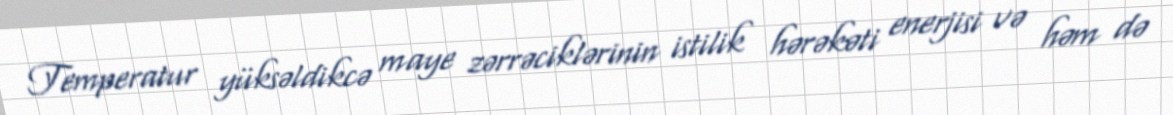
Temperatur yüksəldikcə maye zərrəciklərinin istilik hərəkəti enerjisi və həm də